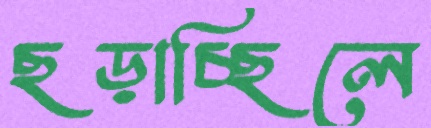
ছড়াচ্ছিলে